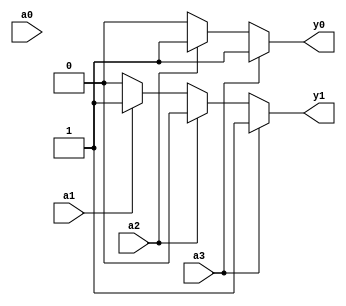
module pencoder4(

    input       a0,
	 input       a1,
	 input       a2,
	 input       a3,
	 
    output reg  y0,
	 output reg  y1
);

    always @(*) begin
				
        if(a3)begin
				y0=1'b1;
				y1=1'b1;
		  end
		  else if(a2)begin
				y0=1'b1;
				y1=1'b0;
		  end	
		  else if(a1)begin
				y0=1'b0;
				y1=1'b1;
		  end	
		  else if(a0)begin
				y0=1'b0;
				y1=1'b0;
		  end	
        else begin
				y0=1'b0;
				y1=1'b0;
		  end 
    end
endmodule